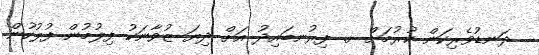
ދަނޑުވެރިކަން ކުރުމަށް ށ. ފިރުނބައިދު އަށް ދިޔަ ޒުވާނަކު ފިލުމުން ފުލުހުން